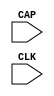
// $Header: /devl/xcs/repo/env/Databases/CAEInterfaces/verunilibs/data/unisims/CAPTURE_VIRTEX.v,v 1.7 2007/05/23 21:43:33 patrickp Exp $
///////////////////////////////////////////////////////////////////////////////
// Copyright (c) 1995/2004 Xilinx, Inc.
// All Right Reserved.
///////////////////////////////////////////////////////////////////////////////
//   ____  ____
//  /   /\/   /
// /___/  \  /    Vendor : Xilinx
// \   \   \/     Version : 10.1
//  \   \         Description : Xilinx Functional Simulation Library Component
//  /   /                  Register State Capture for Bitstream Readback for VIRTEX
// /___/   /\     Filename : CAPTURE_VIRTEX.v
// \   \  /  \    Timestamp : Thu Mar 25 16:42:15 PST 2004
//  \___\/\___\
//
// Revision:
//    03/23/04 - Initial version.
//    07/23/05 - Added ONESHOT to all CAPUTURE comps; CR # 212645
//    01/19/06 - made ONESHOT false; CR # 220151
//    05/23/07 - Changed timescale to 1 ps / 1 ps.

`timescale  1 ps / 1 ps


module CAPTURE_VIRTEX (CAP, CLK);

    input  CAP, CLK;

    parameter ONESHOT = "FALSE";

endmodule